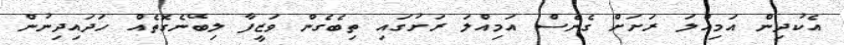
އެކުދިން އަމިއްލަ ރަށަށް ގެނެސް އަމިއްލަ ރަށުގައި ތިބެގެން ވަޒީފާ ލިބޭނެގޮތެއް ހަދައިދިނުން